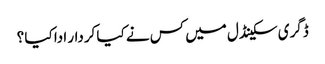
ڈگری سکینڈل میں کس نے کیا کردار ادا کیا ؟